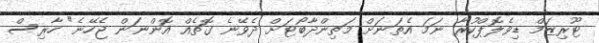
ޓޫރިޒަމް ޑިވެލޮޕްކުރާ ނަމަ އެތަނަށް މަތިންދާބޯޓަށް ދެވޭނެ ގޮތެއް އޮންނަން ޖެހޭނެ" ހާރިސް